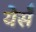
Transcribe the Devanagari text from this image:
येर्सँ